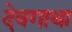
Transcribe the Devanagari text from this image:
देवगाथा